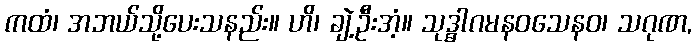
ကထံ၊ အဘယ်သို့ပေးသနည်း။ ဟိ၊ ချဲ့ဦးအံ့။ သုဒ္ဓါဂမနဝသေနဝ၊ သဂုဏ,